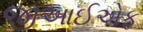
જીઆઈએફ